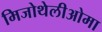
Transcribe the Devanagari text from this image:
मिजोथेलीओमा